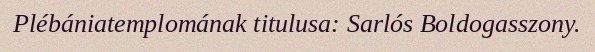
Plébániatemplomának titulusa: Sarlós Boldogasszony.